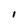
Character: I